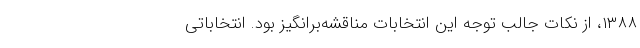
۱۳۸۸، از نکات جالب توجه این انتخابات مناقشه‌برانگیز بود. انتخاباتی